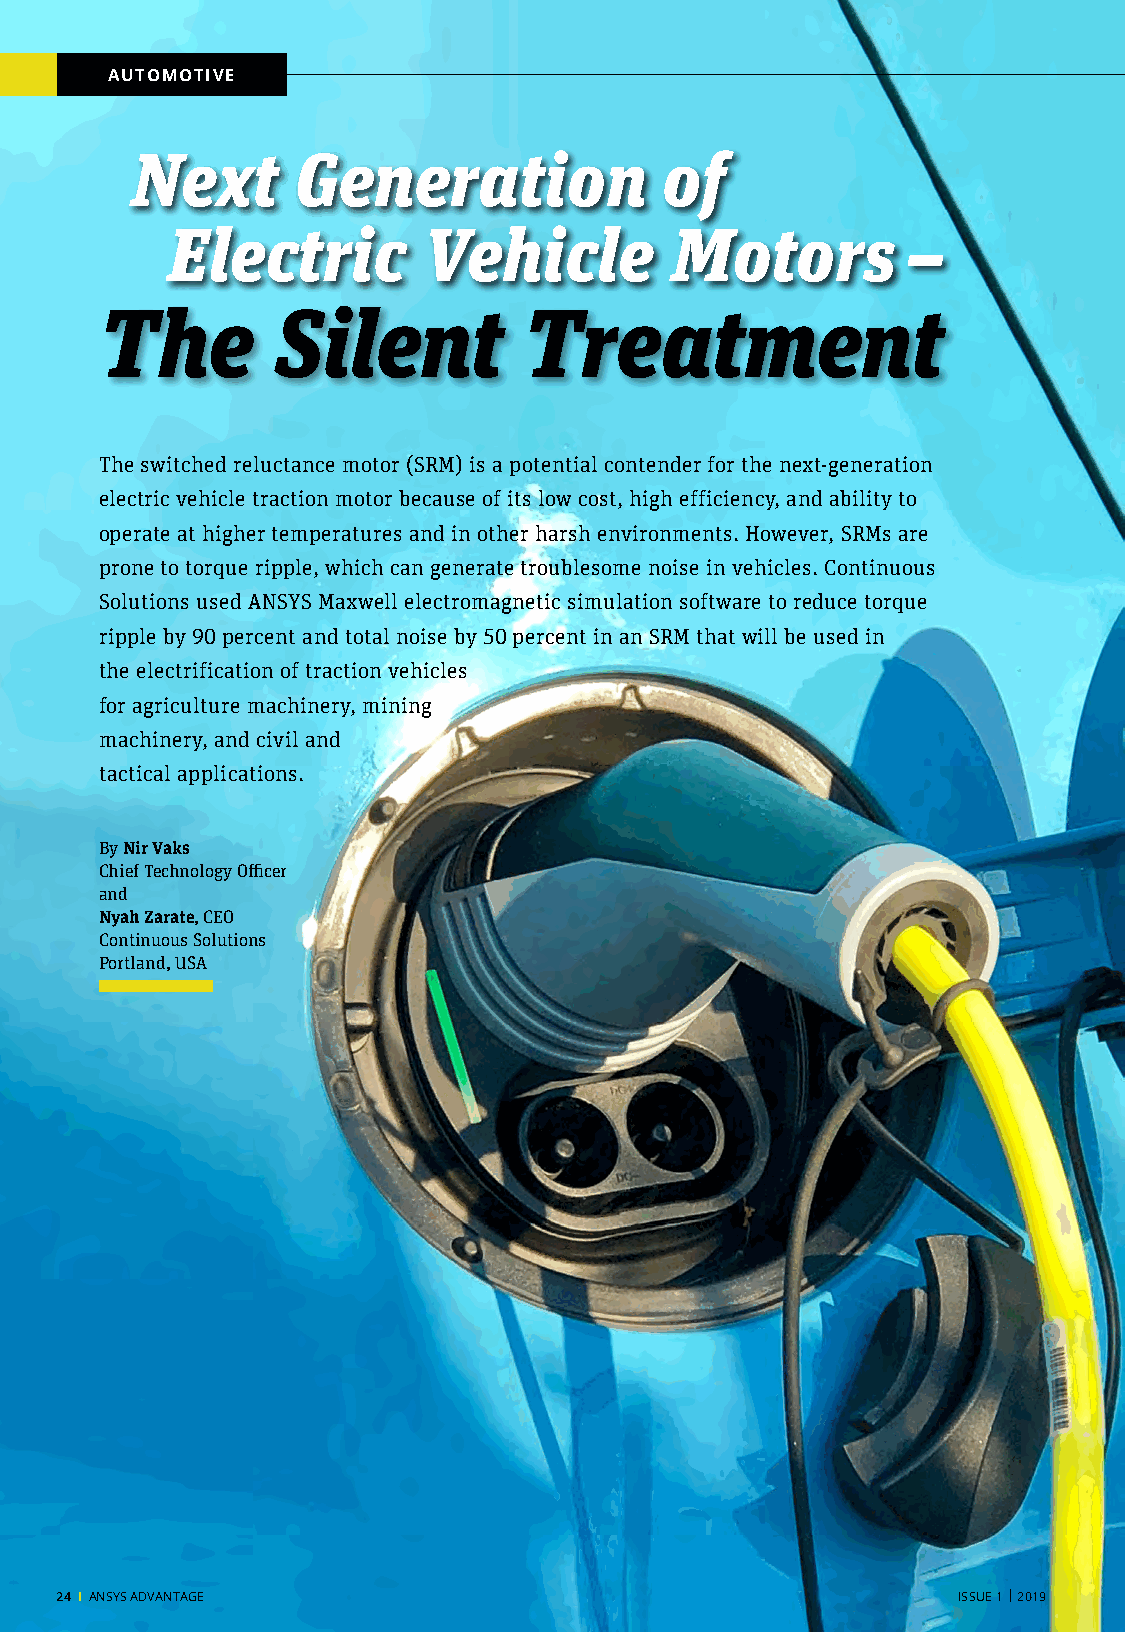
AUTOMOTIVE
 Next       Generation              of
 Electric         Vehicle         Motors          –
 The        Silent           Treatment
 The switched reluctance motor (SRM) is a potential contender for the next-generation
 electric vehicle traction motor because of its low cost, high efficiency, and ability to
 operate at higher temperatures and in other harsh environments. However, SRMs are
 prone to torque ripple, which can generate troublesome noise in vehicles. Continuous
 Solutions used ANSYS Maxwell electromagnetic simulation software to reduce torque
 ripple by 90 percent and total noise by 50 percent in an SRM that will be used in
 the electrification of traction vehicles
 for agriculture machinery, mining
 machinery, and civil and
 tactical applications.
 By Nir Vaks
 Chief Technology Officer
 and
 Nyah Zarate, CEO
 Continuous Solutions
 Portland, USA
 24 I ANSYS ADVANTAGE                                       ISSUE 1 | 2019